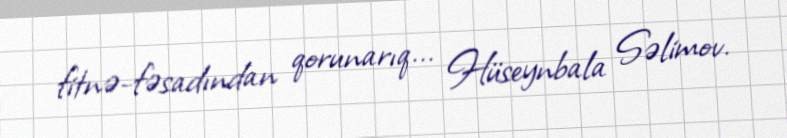
fitnə-fəsadından qorunarıq... Hüseynbala Səlimov.